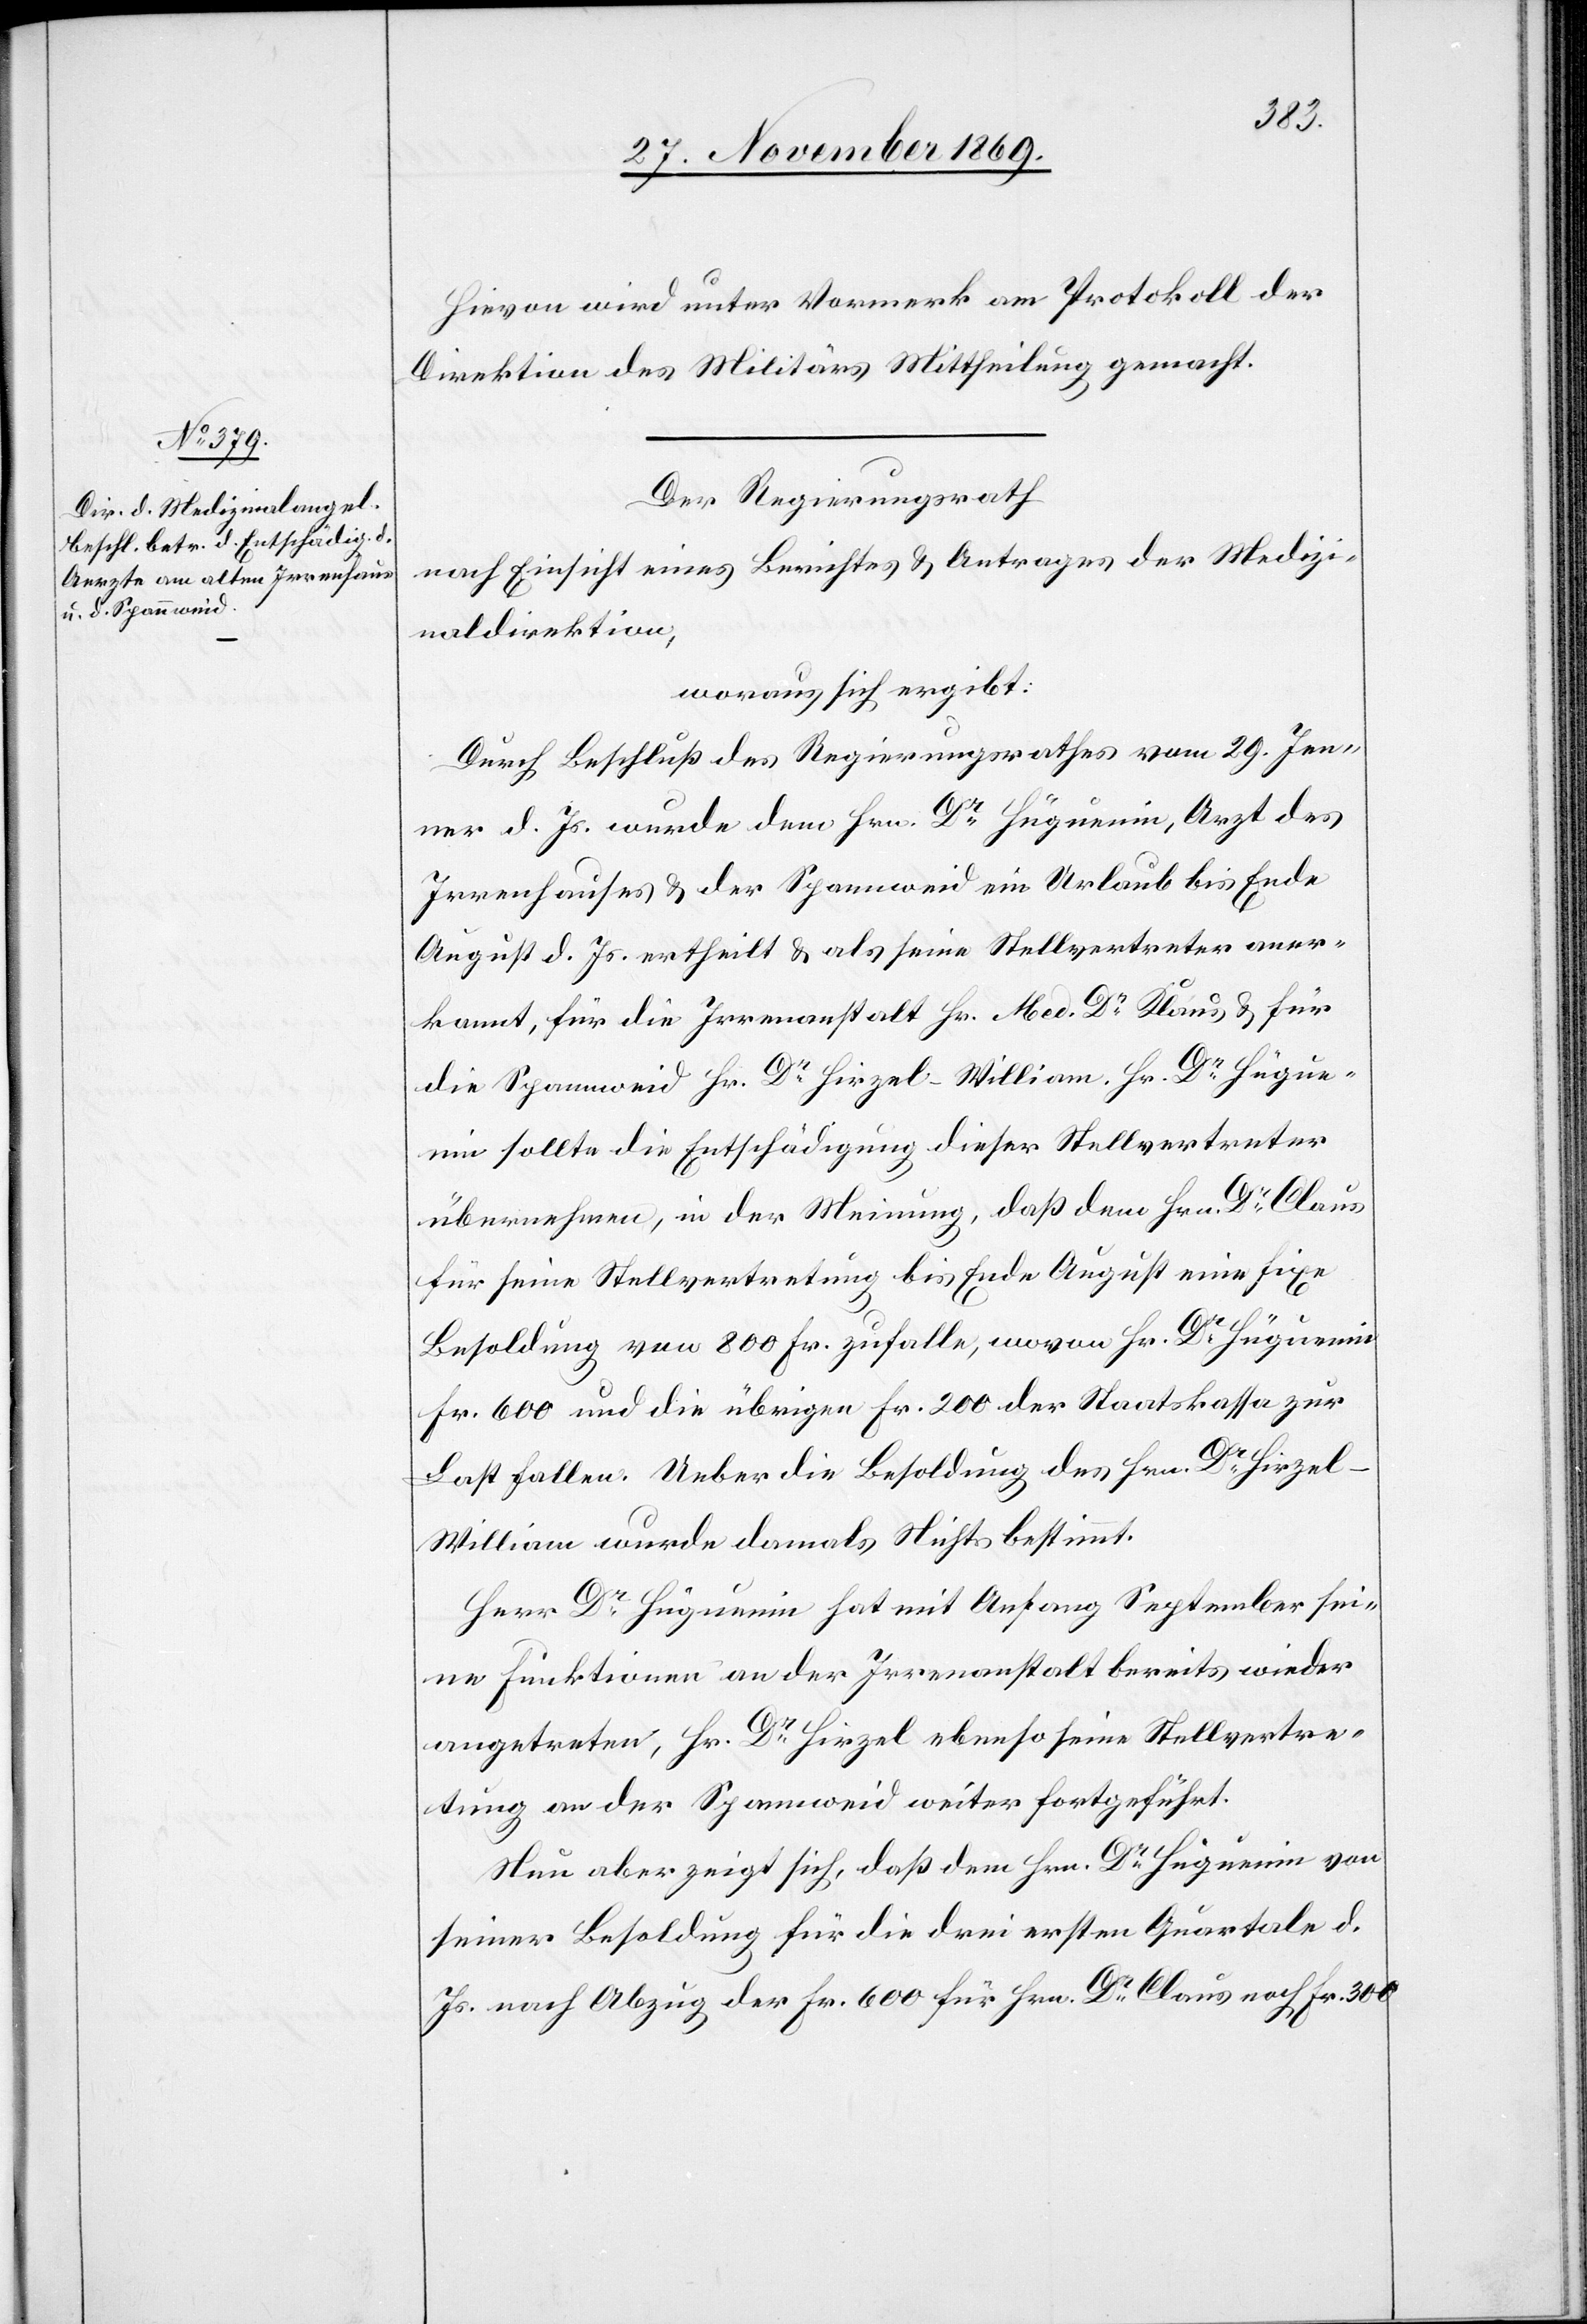
Hievon wird unter Vormerk am Protokoll der
Direktion des Militärs Mittheilung gemacht.
Der Regierungsrath
nach Einsicht eines Berichtes & Antrages der Medizi¬
naldirektion,
woraus sich ergibt:
Durch Beschluß des Regierungsrathes vom 29. Jen¬
ner d. Js. wurde dem Hrn. Dr Hüguenin, Arzt des
Irrenhauses & der Spannweid ein Urlaub bis Ende
August d. Js. ertheilt & als seine Stellvertreter aner¬
kannt, für die Irrenanstalt Hr. Med. Dr Klaus & für
die Spannweid Hr. Dr Hirzel-William. Hr. Dr Hügue¬
nin sollte die Entschädigung dieser Stellvertreter
übernehmen, in der Meinung, daß dem Hrn. Dr Claus
für seine Stellvertretung bis Ende August eine fixe
Besoldung von 800 Fr. zufalle, wovon Hr. Dr Hüguenin
Fr. 600 und die übrigen Fr. 200 der Staatskassa zur
Last fallen. Ueber die Besoldung des Hrn. Dr Hirzel-W¬
illiam wurde damals Nichts bestimmt.
Herr Dr Hüguenin hat mit Anfang September sei¬
ne Funktionen an der Irrenanstalt bereits wieder
angetreten, Hr. Dr Hirzel ebenso seine Stellvertre¬
tung an der Spannweid weiter fortgeführt.
Neu aber zeigt sich, daß dem Hrn. Dr Hüguenin von
seiner Besoldung für die drei ersten Quartale d.
Js. nach Abzug der Fr. 600 für Hrn. Dr Claus noch Fr. 300